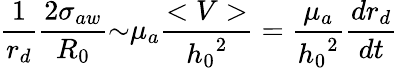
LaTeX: \frac{1}{r_{d}}\frac{2{\sigma}_{aw}}{R_{0}}{\sim}{\mu}_{a}\frac{<V>}{{h_{0}}^{2}}=\frac{{\mu}_{a}}{{h_{0}}^{2}}\frac{dr_{d}}{dt}